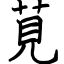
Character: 莧